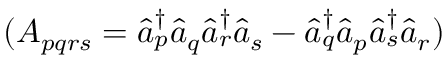
( A _ { p q r s } = \hat { a } _ { p } ^ { \dag } \hat { a } _ { q } \hat { a } _ { r } ^ { \dag } \hat { a } _ { s } - \hat { a } _ { q } ^ { \dag } \hat { a } _ { p } \hat { a } _ { s } ^ { \dag } \hat { a } _ { r } )